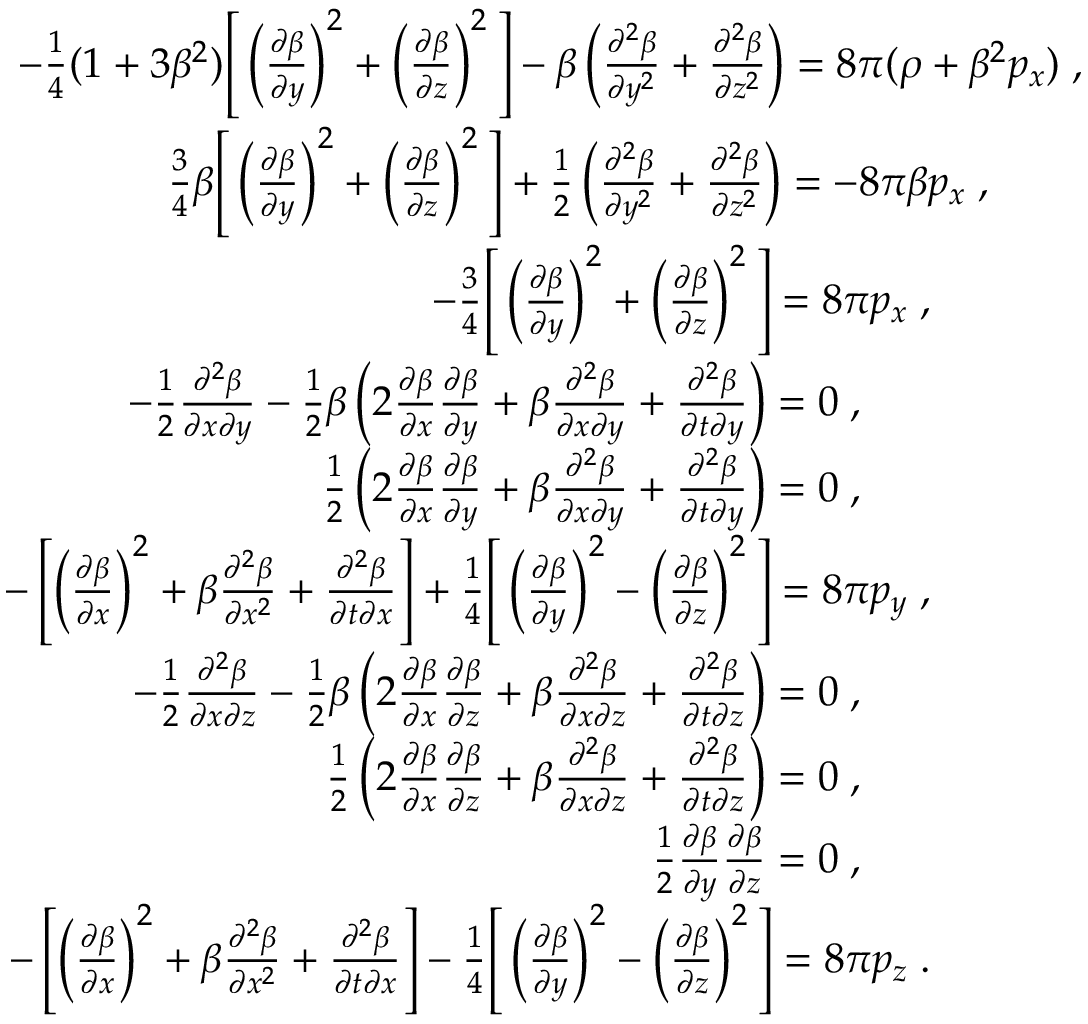
\begin{array} { r l } { - \frac { 1 } { 4 } ( 1 + 3 \beta ^ { 2 } ) \Bigg [ \left( \frac { \partial \beta } { \partial y } \right) ^ { 2 } + \left( \frac { \partial \beta } { \partial z } \right) ^ { 2 } \Bigg ] - \beta \left( \frac { \partial ^ { 2 } \beta } { \partial y ^ { 2 } } + \frac { \partial ^ { 2 } \beta } { \partial z ^ { 2 } } \right) = 8 \pi ( \rho + \beta ^ { 2 } p _ { x } ) \; , } & { } \\ { \frac { 3 } { 4 } \beta \Bigg [ \left( \frac { \partial \beta } { \partial y } \right) ^ { 2 } + \left( \frac { \partial \beta } { \partial z } \right) ^ { 2 } \Bigg ] + \frac { 1 } { 2 } \left( \frac { \partial ^ { 2 } \beta } { \partial y ^ { 2 } } + \frac { \partial ^ { 2 } \beta } { \partial z ^ { 2 } } \right) = - 8 \pi \beta p _ { x } \; , \; \; \; \; \; \; \; \; } & { } \\ { - \frac { 3 } { 4 } \Bigg [ \left( \frac { \partial \beta } { \partial y } \right) ^ { 2 } + \left( \frac { \partial \beta } { \partial z } \right) ^ { 2 } \Bigg ] = 8 \pi p _ { x } \; , \; \; \; \; \; \; \; \; \; \; \; \; \; } & { } \\ { - \frac { 1 } { 2 } \frac { \partial ^ { 2 } \beta } { \partial x \partial y } - \frac { 1 } { 2 } \beta \left( 2 \frac { \partial \beta } { \partial x } \frac { \partial \beta } { \partial y } + \beta \frac { \partial ^ { 2 } \beta } { \partial x \partial y } + \frac { \partial ^ { 2 } \beta } { \partial t \partial y } \right) = 0 \; , \; \; \; \; \; \; \; \; \; \; \; \; \; \; \; \; \; \; \; } & { } \\ { \frac { 1 } { 2 } \left( 2 \frac { \partial \beta } { \partial x } \frac { \partial \beta } { \partial y } + \beta \frac { \partial ^ { 2 } \beta } { \partial x \partial y } + \frac { \partial ^ { 2 } \beta } { \partial t \partial y } \right) = 0 \; , \; \; \; \; \; \; \; \; \; \; \; \; \; \; \; \; \; \; \; } & { } \\ { - \left[ \left( \frac { \partial \beta } { \partial x } \right) ^ { 2 } + \beta \frac { \partial ^ { 2 } \beta } { \partial x ^ { 2 } } + \frac { \partial ^ { 2 } \beta } { \partial t \partial x } \right] + \frac { 1 } { 4 } \Bigg [ \left( \frac { \partial \beta } { \partial y } \right) ^ { 2 } - \left( \frac { \partial \beta } { \partial z } \right) ^ { 2 } \Bigg ] = 8 \pi p _ { y } \; , \; \; \; \; \; \; \; \; \; \; \; \; \; } & { } \\ { - \frac { 1 } { 2 } \frac { \partial ^ { 2 } \beta } { \partial x \partial z } - \frac { 1 } { 2 } \beta \left( 2 \frac { \partial \beta } { \partial x } \frac { \partial \beta } { \partial z } + \beta \frac { \partial ^ { 2 } \beta } { \partial x \partial z } + \frac { \partial ^ { 2 } \beta } { \partial t \partial z } \right) = 0 \; , \; \; \; \; \; \; \; \; \; \; \; \; \; \; \; \; \; \; \; } & { } \\ { \frac { 1 } { 2 } \left( 2 \frac { \partial \beta } { \partial x } \frac { \partial \beta } { \partial z } + \beta \frac { \partial ^ { 2 } \beta } { \partial x \partial z } + \frac { \partial ^ { 2 } \beta } { \partial t \partial z } \right) = 0 \; , \; \; \; \; \; \; \; \; \; \; \; \; \; \; \; \; \; \; \; } & { } \\ { \frac { 1 } { 2 } \frac { \partial \beta } { \partial y } \frac { \partial \beta } { \partial z } = 0 \; , \; \; \; \; \; \; \; \; \; \; \; \; \; \; \; \; \; \; \; } & { } \\ { - \left[ \left( \frac { \partial \beta } { \partial x } \right) ^ { 2 } + \beta \frac { \partial ^ { 2 } \beta } { \partial x ^ { 2 } } + \frac { \partial ^ { 2 } \beta } { \partial t \partial x } \right] - \frac { 1 } { 4 } \Bigg [ \left( \frac { \partial \beta } { \partial y } \right) ^ { 2 } - \left( \frac { \partial \beta } { \partial z } \right) ^ { 2 } \Bigg ] = 8 \pi p _ { z } \; . \; \; \; \; \; \; \; \; \; \; \; \; \; } & { } \end{array}